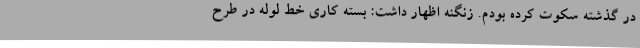
در گذشته سکوت کرده بودم. زنگنه اظهار داشت: بسته کاری خط لوله در طرح